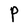
Character: P